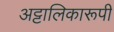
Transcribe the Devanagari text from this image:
अट्टालिकारूपी